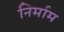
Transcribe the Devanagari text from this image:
निर्माम